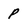
Character: p